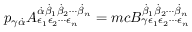
p _ { \gamma { \dot { \alpha } } } A _ { \epsilon _ { 1 } \epsilon _ { 2 } \cdots \epsilon _ { n } } ^ { { \dot { \alpha } } { \dot { \beta } } _ { 1 } { \dot { \beta } } _ { 2 } \cdots { \dot { \beta } } _ { n } } = m c B _ { \gamma \epsilon _ { 1 } \epsilon _ { 2 } \cdots \epsilon _ { n } } ^ { { \dot { \beta } } _ { 1 } { \dot { \beta } } _ { 2 } \cdots { \dot { \beta } } _ { n } }